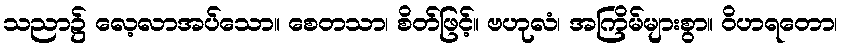
သညာ၌ လေ့လာအပ်သော။ စေတသာ၊ စိတ်ဖြင့်။ ဗဟုလံ၊ အကြိမ်များစွာ။ ဝိဟရတော၊